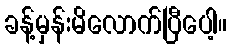
ခန့်မှန်းမိလောက်ပြီပေါ့။